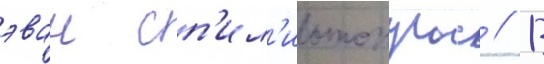
эван сп'ил'иотопулос // В